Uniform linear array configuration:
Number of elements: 16
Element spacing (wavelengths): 0.5
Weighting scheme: kaiser
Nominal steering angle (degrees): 15
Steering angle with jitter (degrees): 13.528
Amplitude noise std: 0.05
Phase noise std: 0.05

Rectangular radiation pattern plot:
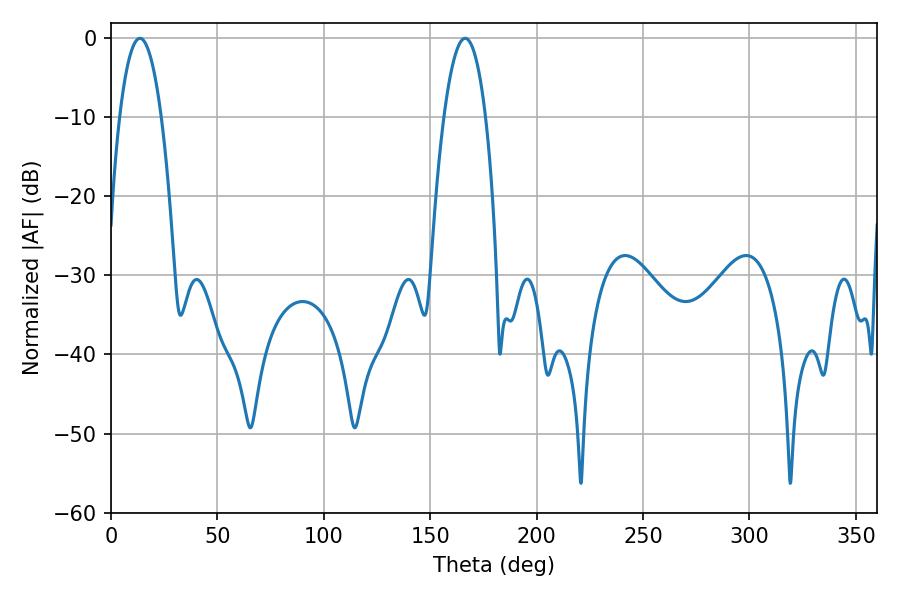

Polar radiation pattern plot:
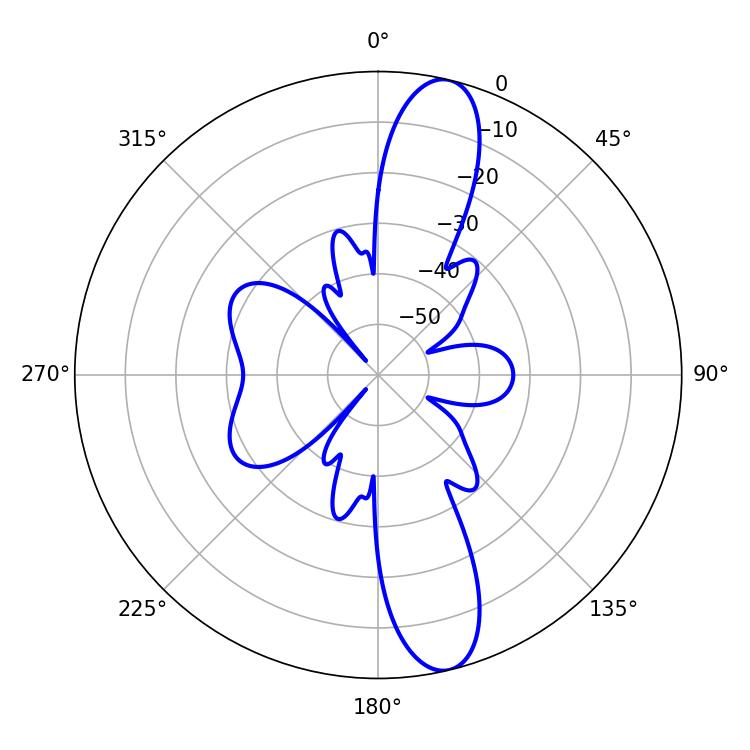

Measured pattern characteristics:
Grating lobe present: FALSE
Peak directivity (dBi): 13.245
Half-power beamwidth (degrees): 10.8
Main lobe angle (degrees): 13.5